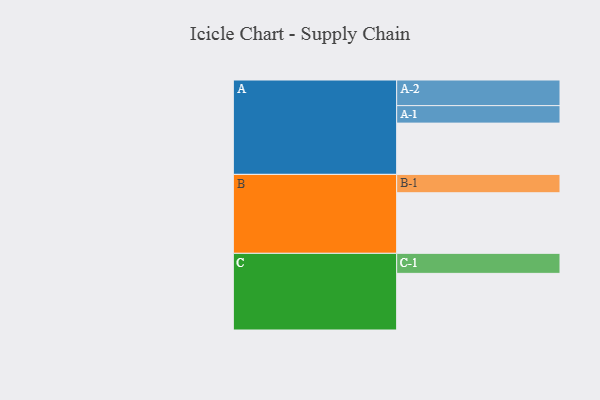
{"axis": {"x": "Segment", "y": "Value"}, "legend": ["", "A", "B", "C"], "data": [{"x": "A", "y": 402, "type": ""}, {"x": "B", "y": 475, "type": ""}, {"x": "C", "y": 444, "type": ""}, {"x": "A-1", "y": 137, "type": "A"}, {"x": "A-2", "y": 201, "type": "A"}, {"x": "B-1", "y": 144, "type": "B"}, {"x": "C-1", "y": 157, "type": "C"}]}